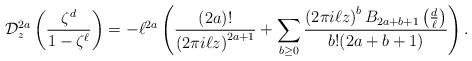
LaTeX: \begin{align*}\mathcal{D}_z^{2a}\left(\frac{\zeta^d}{1-\zeta^\ell}\right)=-\ell^{2a}\left(\frac{(2a)!}{\left(2\pi i\ell z\right)^{2a+1}}+\sum_{b\geq 0}\frac{\left(2\pi i\ell z\right)^{b}B_{2a+b+1}\left(\frac{d}{\ell}\right)}{b!(2a+b+1)}\right).\end{align*}